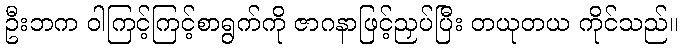
ဦးဘက ဝါကြင့်ကြင့်စာရွက်ကို ဇာဂနာဖြင့်ညှပ်ပြီး တယုတယ ကိုင်သည်။